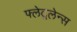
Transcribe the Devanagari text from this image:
फ्लेटूलेन्स